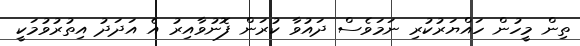
ތިން މީހުން ހައްޔަރުކުރި ނަމަވެސް ދައުވާ ކުރަން ފޮނުވާއިރު އެ އަދަދު އިތުރުވުމަކީ